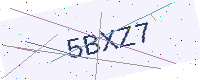
Text: 5BXZ7